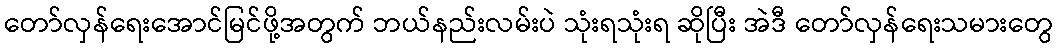
တော်လှန်ရေးအောင်မြင်ဖို့အတွက် ဘယ်နည်းလမ်းပဲ သုံးရသုံးရ ဆိုပြီး အဲဒီ တော်လှန်ရေးသမားတွေ